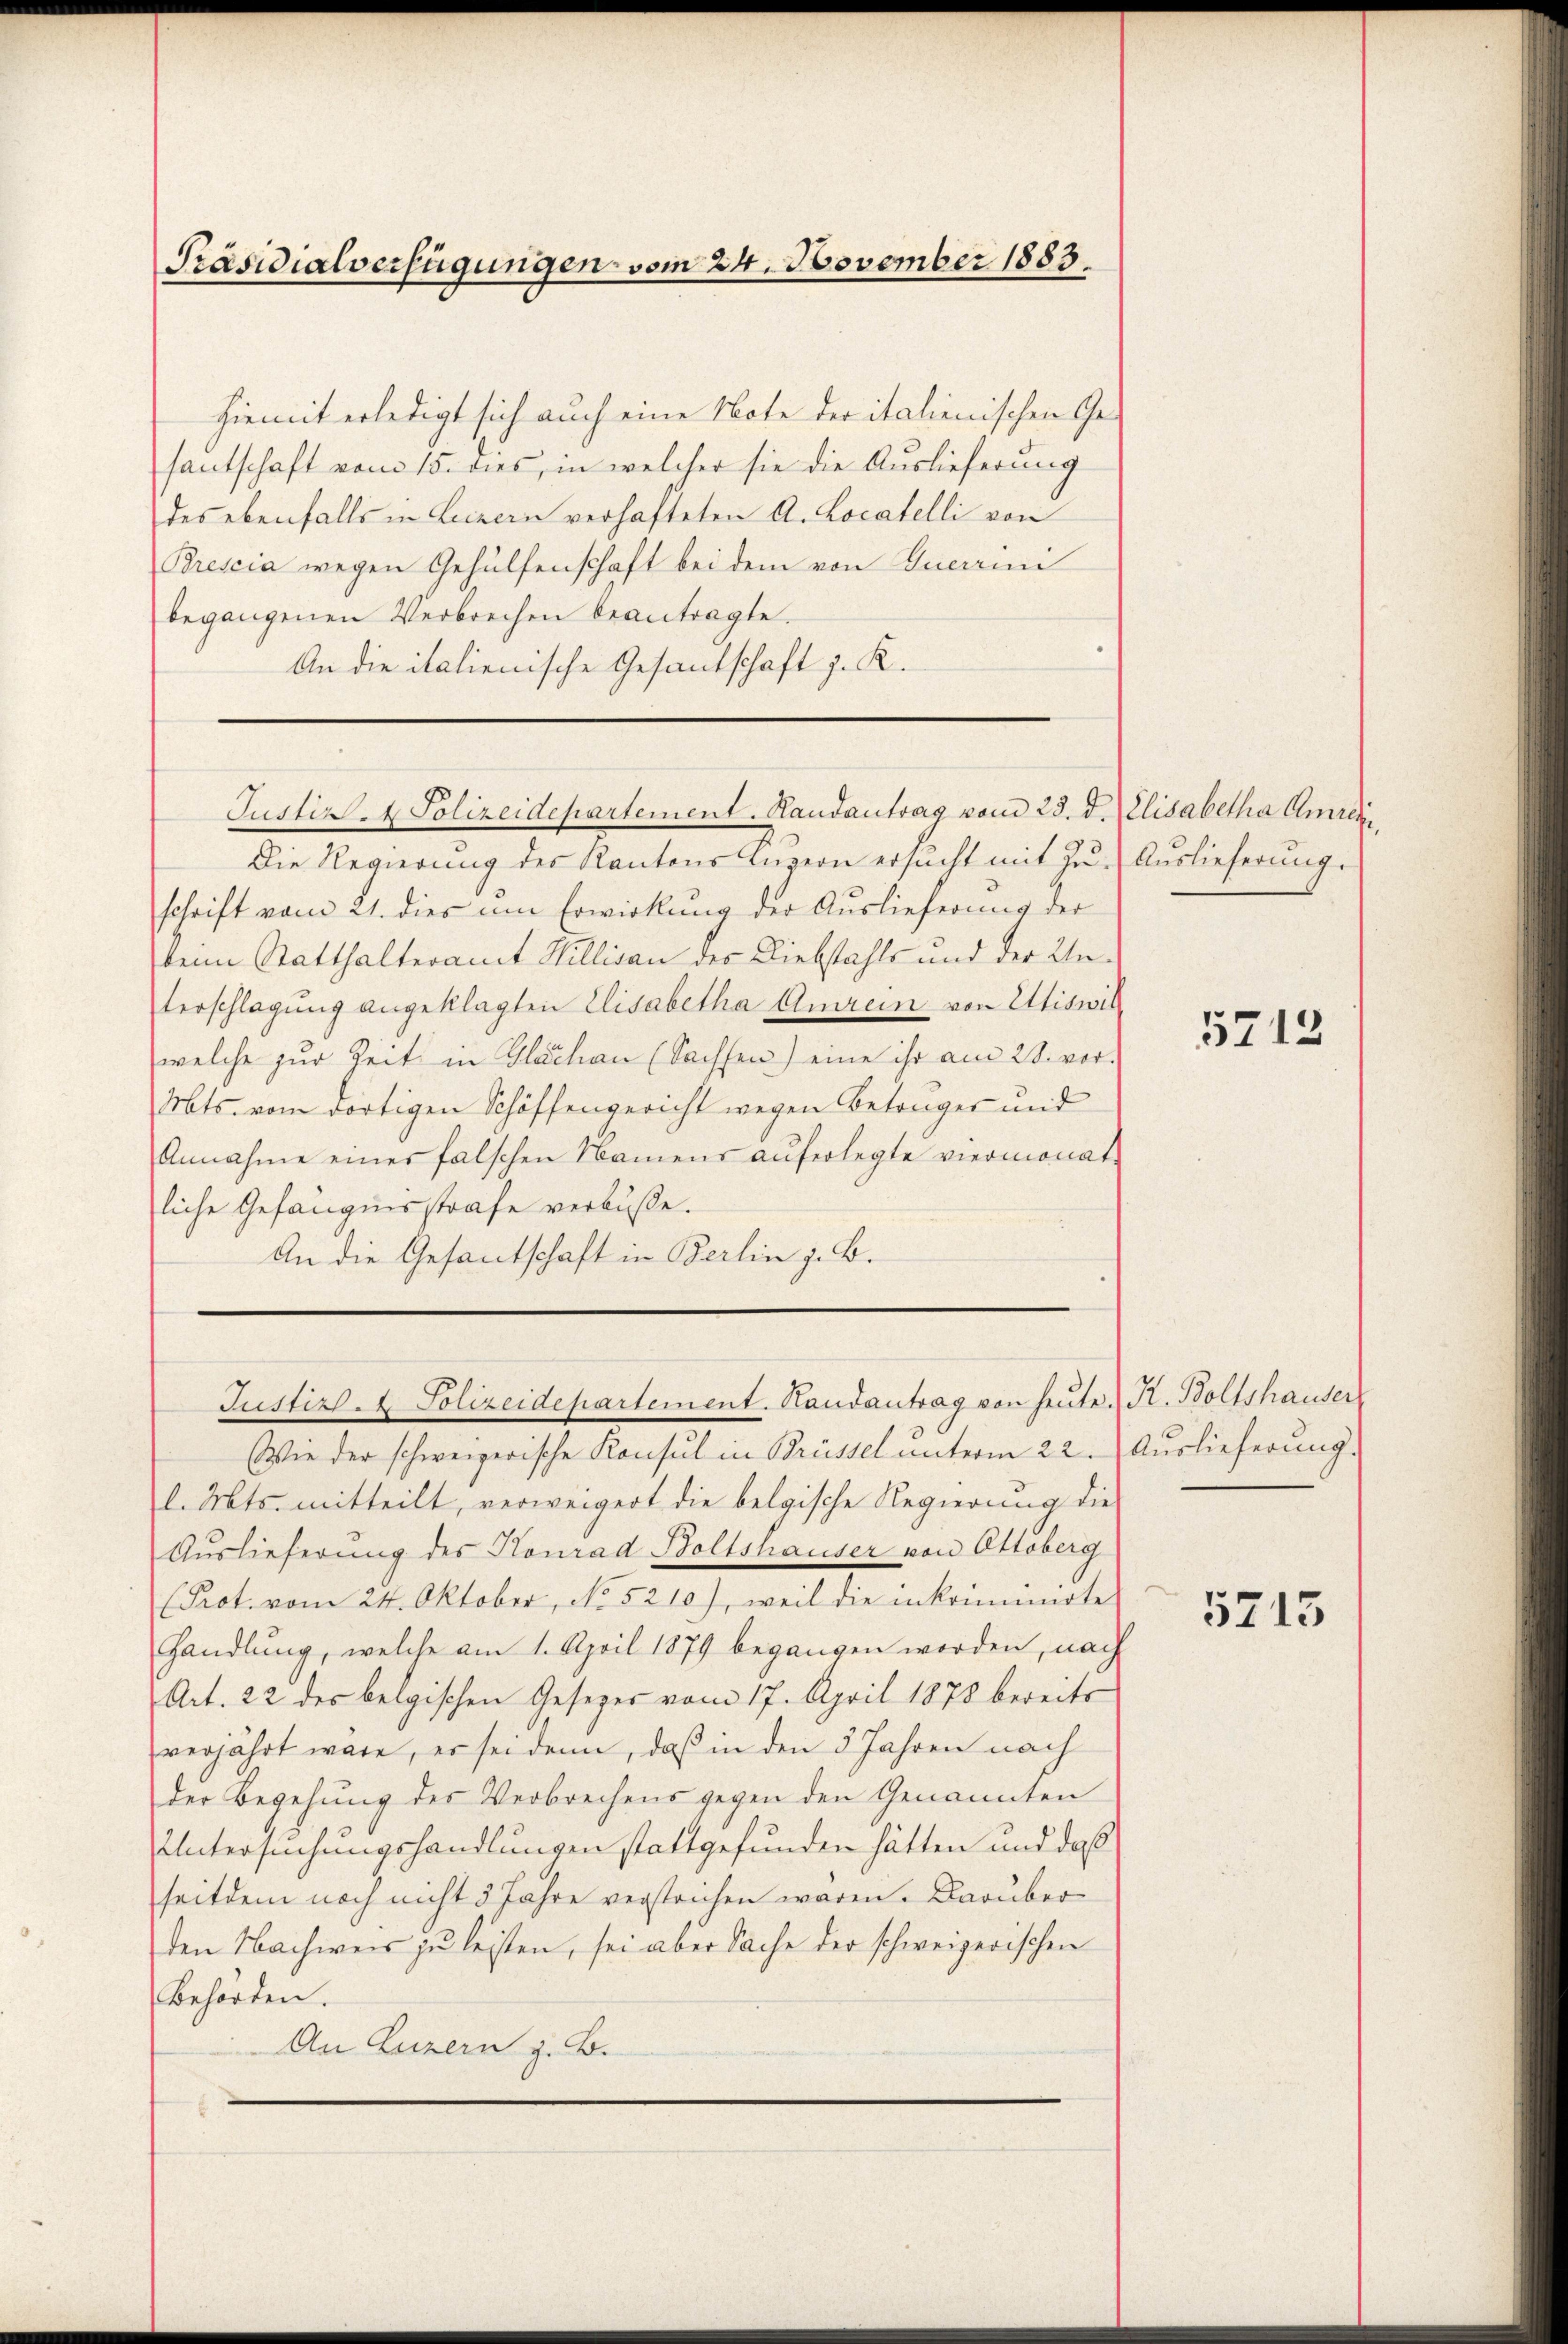
Präsidialverfügungen vom 24. November 1883.

hiemit erledigt sich auch eine Note der italienischen Gehantschaft vom 15. dies, in welcher sie die Auslieferung
des ebenfalls in Luzern verhafteten A. Locatelli von
Brescia wegen Gehülfenschaft bei dem von Ducari
begangenen Verbrechen beantragte.
An die italienische Gesandschaft z. K.

Justiz- & Polizeidepartement. Handantrag vom 23. d. Elisabetha Amreis

Justiz- & Polizeidepartement. Randantrag von heute. H. Boltshauser

Die Regierung des Kantons Luzern ersucht mit zu. Auslieferung.
schrift vom 21. dies um Erwirkung der Auslieferung der
keim Statthalteramt Willisau des Diebstahls und der Unterschlagung angeklagten Elisabetha Amrein von Ettiswilwelche zur Zeit in Glachen (Sachsen) eine ihr am 28. vor-
Mts. vom dortigen Schöffengericht wegen Betruger und
Annahme eines falschen Namens auferlegte viermonat
liche Gefängnisstrafe verbuße.
An die Gesantschaft in Berlin z. B.

Wie der schweizerische Konsul in Brüssel ŭnterm 22. Auslieferŭng.
l. Mts. mitteilt, verweigert die belgische Regierung die
Auslieferung des Konrad Boltshauser von Ottoberg
(Prot. vom 24. Oktober, No 5210), weil die inkrimirte
handlung, welche am 1. April 1879 begangen worden, nach
Art. 22 des belgischen Gesezes vom 17. April 1870 bereits
verjährt wäre, er sei denn, daß in den 5 Jahren nach
der Begehung des Verbrechens gegen den Genannten
Untersuchungshandlungen stattgefunden hätten und daß
seitdem noch nicht 3 Jahre verstrichen waren. Darüber
den Nachweis zu leisten, sei aber Sache der schweizerischen
Behörden.
An Luzern z. B.

5712

5713